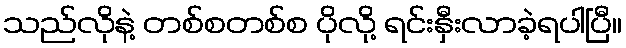
သည်လိုနဲ့ တစ်စတစ်စ ပိုလို့ ရင်းနှီးလာခဲ့ရပါပြီ။